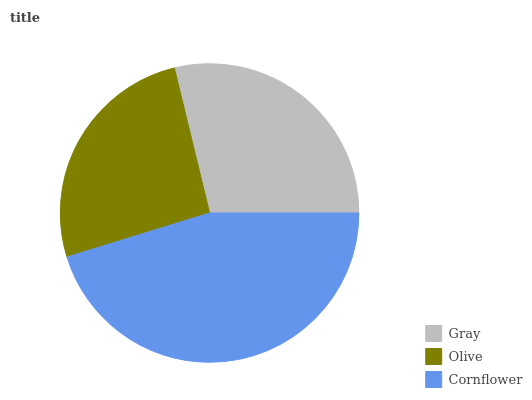
| Gray | Olive | Cornflower |
 | --- | --- | --- |
 | 28.8% | 26% | 45.2% |